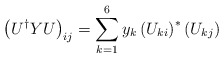
\begin{align*}\left(U^\dag YU\right)_{ij}=\sum_{k=1}^6y_k\left(U_{ki}\right)^*\left(U_{kj}\right)\end{align*}